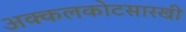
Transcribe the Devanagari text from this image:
अक्कलकोटसारखी